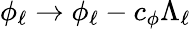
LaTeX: \phi_{\ell}\to\phi_{\ell}-c_{\phi}\Lambda_{\ell}